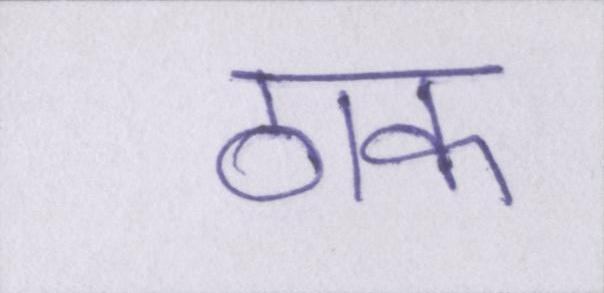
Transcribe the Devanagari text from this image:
ठाक